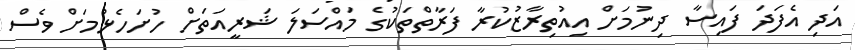
އަދި އެފަދަ ފައިސާ ދިނުމަށް އިއުތިރާޒުކުރާ ފަރާތްތަކުގެ މައްސަލަ ޝަރީއަތަށް ހުށަހެޅުމަށް ވެސް